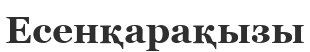
Есенқарақызы